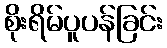
စိုးရိမ်ပူပန်ခြင်း